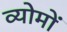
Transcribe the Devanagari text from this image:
व्योमों